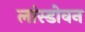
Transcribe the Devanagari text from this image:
लांस्डोवन